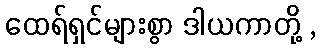
ထေရ်ရှင်များစွာ ဒါယကာတို့ ,